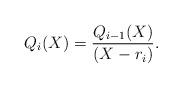
LaTeX: \begin{align*}Q_{i}(X) = \frac{Q_{i-1}(X)}{ (X - r_i)}.\end{align*}